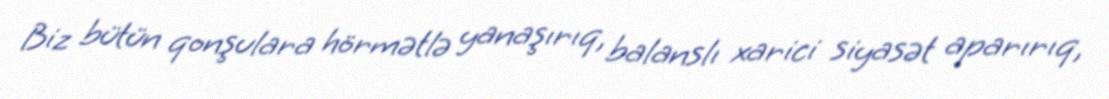
Biz bütün qonşulara hörmətlə yanaşırıq, balanslı xarici siyasət aparırıq,